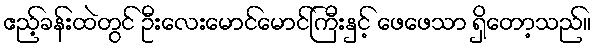
ဧည့်ခန်းထဲတွင် ဦးလေးမောင်မောင်ကြီးနှင့် ဖေဖေသာ ရှိတော့သည်။